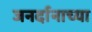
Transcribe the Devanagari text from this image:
जनर्दानाच्या